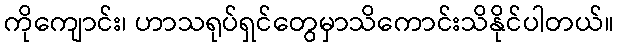
ကိုကျောင်း၊ ဟာသရုပ်ရှင်တွေမှာသိကောင်းသိနိုင်ပါတယ်။